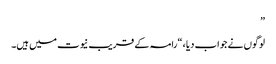
”
لوگوں نے جواب دیا ، “رامہ کے قریب نیوت میں ہیں۔